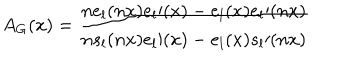
A _ { G } ( x ) = \frac { n e _ { l } ( n x ) e _ { l } \prime ( x ) - e _ { l } ( x ) e _ { l } \prime ( n x ) } { n s _ { l } ( n x ) e _ { l } \prime ( x ) - e _ { l } ( x ) s _ { l } \prime ( n x ) }